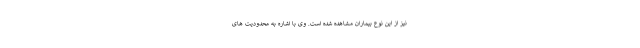
نیز از این نوع بیماران مشاهده شده است. وی با اشاره به محدودیت های